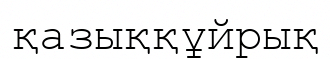
қазыққұйрық